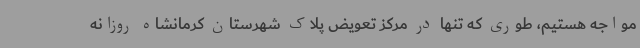
مواجه هستیم، طوری که تنها در مرکز تعویض پلاک شهرستان کرمانشاه روزانه